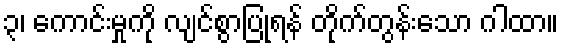
၃၊ ကောင်းမှုကို လျင်စွာပြုရန် တိုက်တွန်းသော ဂါထာ။